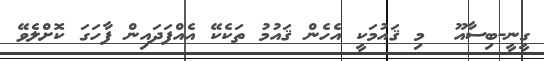
ގީނީ-ބިސާއޫ  މި ޤައުމަކީ އެހެން ޤައުމު ތަކެކޭ އެއްފަދައިން ފާހަގަ ކޮށްލެވޭ